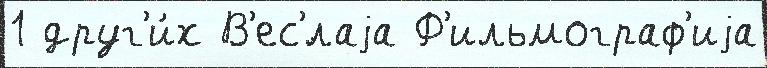
1 друг'и́х В'ес'́лаjа Ф'ильмограф'иjа